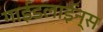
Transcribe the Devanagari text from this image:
गाईडलाईन्स